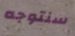
سنتوجه